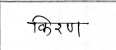
मजकूर: किरण